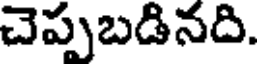
చెప్పబడినది.